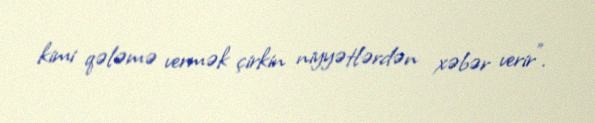
kimi qələmə vermək çirkin niyyətlərdən xəbər verir”.